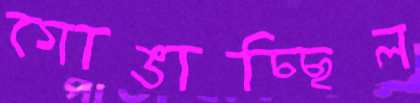
গোঙাচ্ছিল